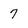
Character: 7